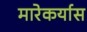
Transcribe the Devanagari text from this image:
मारेकर्यास